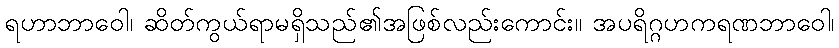
ရဟာဘာဝေါ၊ ဆိတ်ကွယ်ရာမရှိသည်၏အဖြစ်လည်းကောင်း။ အပရိဂ္ဂဟကရဏဘာဝေါ၊